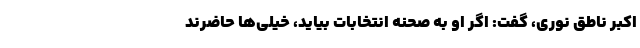
اکبر ناطق نوری، گفت: اگر او به صحنه انتخابات بیاید، خیلی‌ها حاضرند